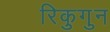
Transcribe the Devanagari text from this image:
रिकुगुन